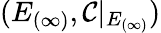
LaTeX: (E_{(\infty)},{\mathcal{C}}|_{E_{(\infty)}})